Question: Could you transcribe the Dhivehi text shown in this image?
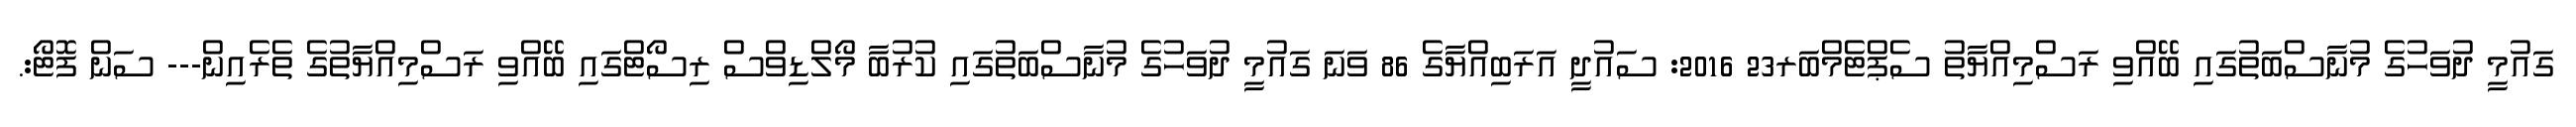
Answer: ގައުމީ ދުވަހުގެ މުނާސްބަތުގައި ބޭއްވި ރަސްމިއްޔާތު ސެޕްޓެމްބަރ23 2016: ސައުދީ އަރަބިއްޔާގެ 86 ވަނަ ގައުމީ ދުވަހުގެ މުނާސްބަތުގައި ކުރުބާ މޯލްޑިވްސް ރިސޯޓްގައި ބޭއްވި ރަސްމިއްޔާތުގެ ތެރެއިން--- ސަން ފޮޓޯ:.